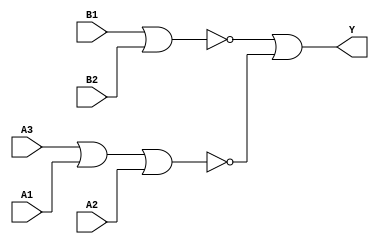
module sky130_fd_sc_lp__o32ai (
    Y ,
    A1,
    A2,
    A3,
    B1,
    B2
);

    // Module ports
    output Y ;
    input  A1;
    input  A2;
    input  A3;
    input  B1;
    input  B2;

    // Local signals
    wire nor0_out ;
    wire nor1_out ;
    wire or0_out_Y;

    //  Name  Output     Other arguments
    nor nor0 (nor0_out , A3, A1, A2        );
    nor nor1 (nor1_out , B1, B2            );
    or  or0  (or0_out_Y, nor1_out, nor0_out);
    buf buf0 (Y        , or0_out_Y         );

endmodule